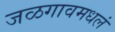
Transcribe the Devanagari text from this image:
जळगावमधलं